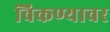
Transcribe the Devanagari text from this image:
विकण्यावर